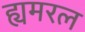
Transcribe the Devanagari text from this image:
ह्यमरल